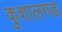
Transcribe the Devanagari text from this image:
कुशालगड